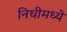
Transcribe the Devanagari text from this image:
निधीमध्ये